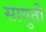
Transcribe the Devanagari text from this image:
सागुती